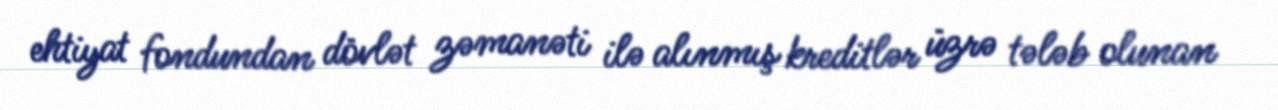
ehtiyat fondundan dövlət zəmanəti ilə alınmış kreditlər üzrə tələb olunan